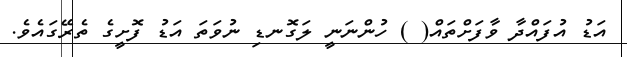
އަޑު އުފައްދާ ވާފަށްތައް( ) ހުންނަނީ ލަގޮނޑި ނުވަތަ އަޑު ފޮށީގެ ތެރޭގައެވެ.